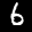
Label: 6